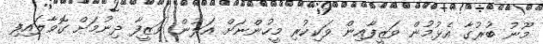
މޫނު ބުރުގާ އެޅުމުން ވަޒީފާއިން ވަކިކުރި މީހުންނަށް އަލުން ވަޒީފާ ދިނުމަށް ގޮވާލައިފި